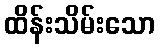
ထိန်းသိမ်းသော